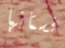
فستانها